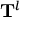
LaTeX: \mathbf { T } ^ { l }